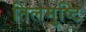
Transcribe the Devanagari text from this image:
तिलमुष्टि